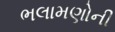
ભલામણોની